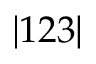
| 1 2 3 |